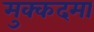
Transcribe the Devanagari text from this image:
मुक्कदमा